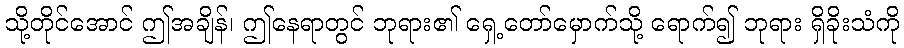
သို့တိုင်အောင် ဤအချိန်၊ ဤနေရာတွင် ဘုရား၏ ရှေ့တော်မှောက်သို့ ရောက်၍ ဘုရား ရှိခိုးသံကို